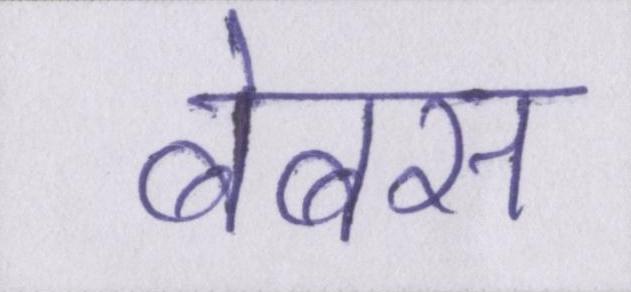
बेबस